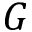
G